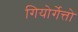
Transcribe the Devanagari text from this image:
गियोर्गेत्तो